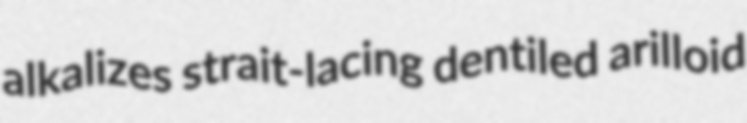
alkalizes strait-lacing dentiled arilloid